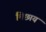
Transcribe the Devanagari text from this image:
मिछाय